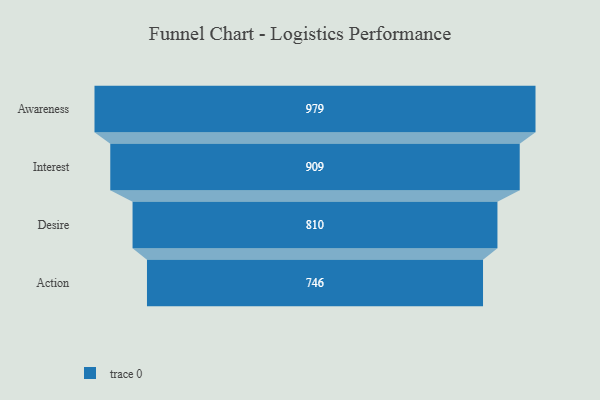
{"axis": {"x": "Stage", "y": "Value"}, "legend": [""], "data": [{"x": "Awareness", "y": 979.0, "type": ""}, {"x": "Interest", "y": 909.0, "type": ""}, {"x": "Desire", "y": 810.0, "type": ""}, {"x": "Action", "y": 746.0, "type": ""}]}